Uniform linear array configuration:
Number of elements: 12
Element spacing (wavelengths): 0.5
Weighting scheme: hamming
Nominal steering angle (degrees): -45
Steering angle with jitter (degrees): -45.04
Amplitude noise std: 0.05
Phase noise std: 0.05

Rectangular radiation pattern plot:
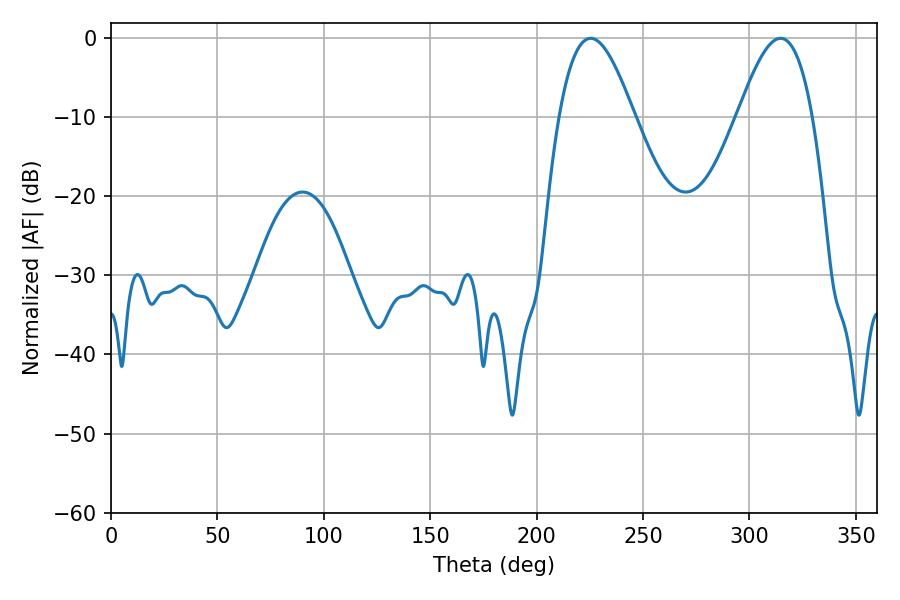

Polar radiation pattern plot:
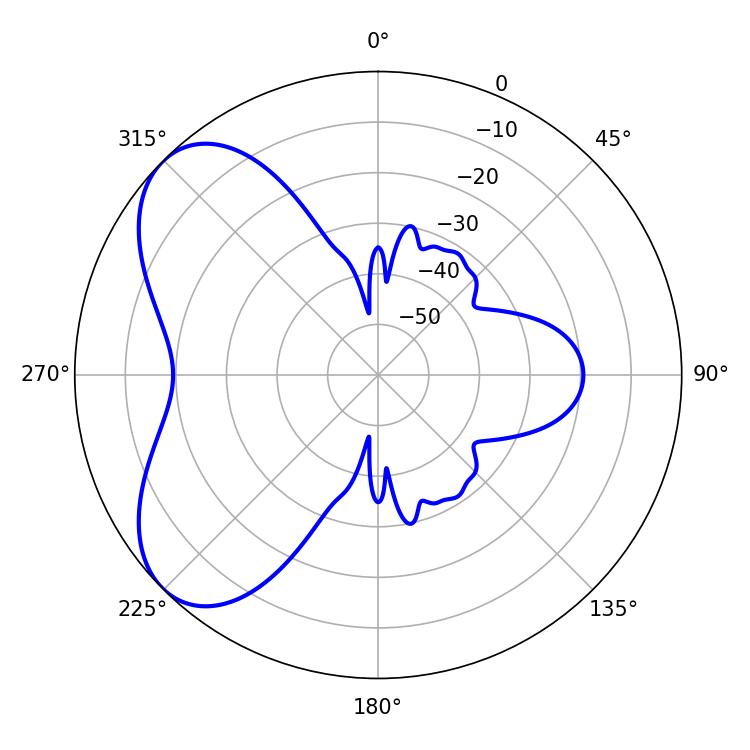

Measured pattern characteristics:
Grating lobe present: FALSE
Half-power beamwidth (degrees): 19.08
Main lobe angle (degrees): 225.36